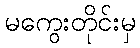
မကွေးတိုင်းမှ